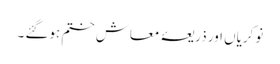
نوکریاں اور ذریعۂ معاش ختم ہوگئے ۔